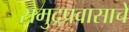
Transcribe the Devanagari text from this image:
समुद्रप्रवासाचे